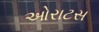
ઓરાટસ